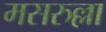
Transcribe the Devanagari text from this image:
मसरुल्ला